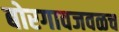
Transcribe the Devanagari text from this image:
बोरगावजवळच